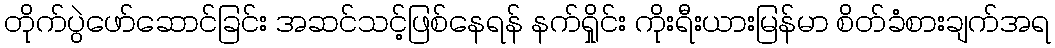
တိုက်ပွဲဖော်ဆောင်ခြင်း အဆင်သင့်ဖြစ်နေရန် နက်ရှိုင်း ကိုးရီးယားမြန်မာ စိတ်ခံစားချက်အရ